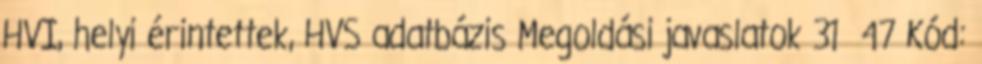
HVI, helyi érintettek, HVS adatbázis Megoldási javaslatok 31 47 Kód: